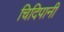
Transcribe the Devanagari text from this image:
चिदिपानी